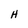
Character: H